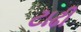
ટાઢી